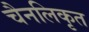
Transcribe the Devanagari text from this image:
चैनलिकृत